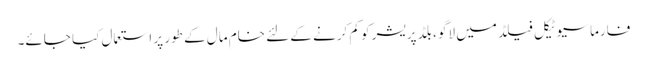
فارماسیوٹیکل فیلڈ میں لاگو ، بلڈ پریشر کو کم کرنے کے لئے خام مال کے طور پر استعمال کیا جائے۔